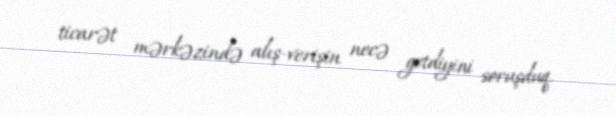
ticarət mərkəzində alış-verişin necə getdiyini soruşduq.